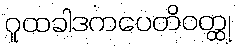
ဂူထခါဒကပေတိဝတ္ထု